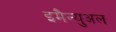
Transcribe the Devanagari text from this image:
इमैन्युअल